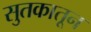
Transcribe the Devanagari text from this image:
सुतकातून